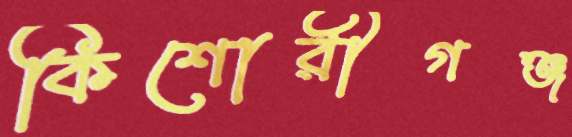
কিশোরীগঞ্জ